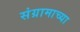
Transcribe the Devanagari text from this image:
संग्रामाच्या